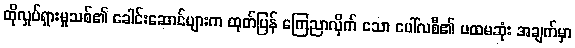
ထိုလှုပ်ရှားမှုသစ်၏ ခေါင်းဆောင်များက ထုတ်ပြန် ကြေညာလိုက် သော ပေါ်လစီ၏ ပထမဆုံး အချက်မှာ